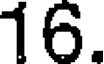
16.